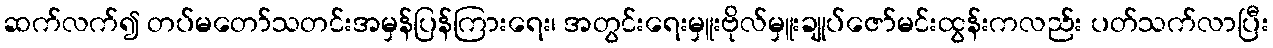
ဆက်လက်၍ တပ်မတော်သတင်းအမှန်ပြန်ကြားရေး၊ အတွင်းရေးမှူးဗိုလ်မှူးချုပ်ဇော်မင်းထွန်းကလည်း ပတ်သက်လာပြီး